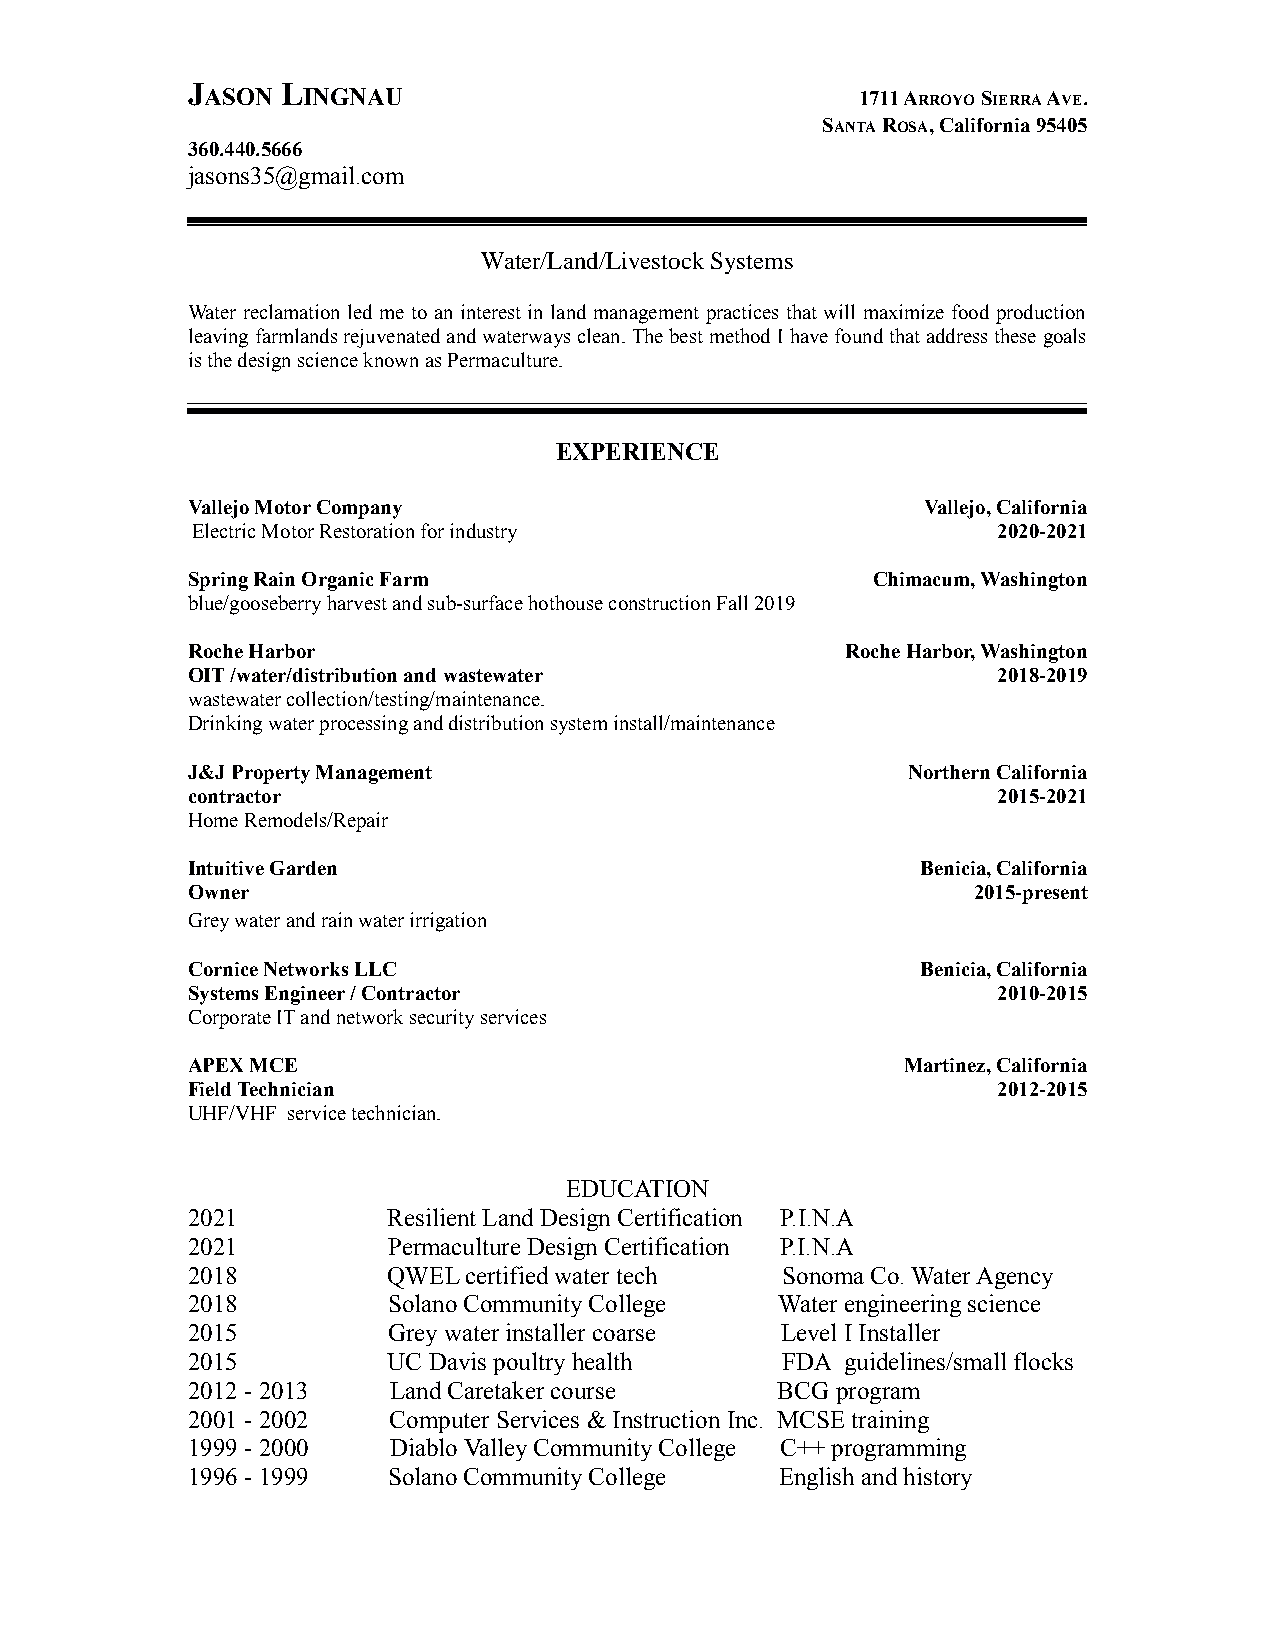
J
 ASON
 L
 INGNAU                               1711 ARROYO SIERRA AVE.
 SANTA ROSA, California 95405
 360.440.5666
 jasons35@gmail.com
 Water/Land/Livestock Systems
 Water reclamation led me to an interest in land management practices that will maximize food production
 leaving farmlands rejuvenated and waterways clean. The best method I have found that address these goals
 is the design science known as Permaculture.
 EXPERIENCE
 Vallejo Motor Company                            Vallejo, California
 Electric Motor Restoration for industry              2020-2021
 Spring Rain Organic Farm                      Chimacum, Washington
 blue/gooseberry harvest and sub-surface hothouse construction Fall 2019
 Roche Harbor                                Roche Harbor, Washington
 OIT /water/distribution and wastewater                2018-2019
 wastewater collection/testing/maintenance.
 Drinking water processing and distribution system install/maintenance
 J&J Property Management                         Northern California
 contractor                                            2015-2021
 Home Remodels/Repair
 Intuitive Garden                                 Benicia, California
 Owner                                               2015-present
 Grey water and rain water irrigation
 Cornice Networks LLC                             Benicia, California
 Systems Engineer / Contractor                         2010-2015
 Corporate IT and network security services
 APEX MCE                                        Martinez, California
 Field Technician                                      2012-2015
 UHF/VHF service technician.
 EDUCATION
 2021          Resilient Land Design Certification P.I.N.A
 2021          Permaculture Design Certification P.I.N.A
 2018          QWEL certified water tech Sonoma Co. Water Agency
 2018          Solano Community College  Water engineering science
 2015          Grey water installer coarse Level I Installer
 2015          UC Davis poultry health   FDA guidelines/small flocks
 2012 - 2013   Land Caretaker course     BCG program
 2001 - 2002   Computer Services & Instruction Inc. MCSE training
 1999 - 2000   Diablo Valley Community College C++ programming
 1996 - 1999   Solano Community College  English and history